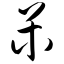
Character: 呆